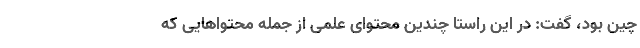
چین بود، گفت: در این راستا چندین محتوای علمی از جمله محتواهایی که